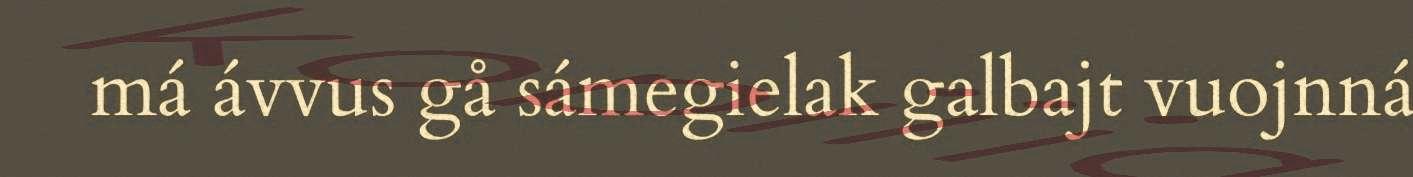
má ávvus gå sámegielak galbajt vuojnná